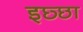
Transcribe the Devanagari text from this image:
इछ्छा